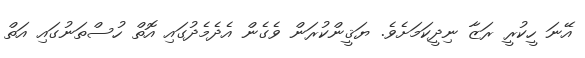
އޭނަ ހީކުރީ ރަޒާ ނިދީކަމަށެވެ. ޔަޤީންކުރަން ވެގެން އެދެމެދުގައި އޮތް ހުސްތަނުގައި އަތް